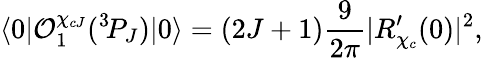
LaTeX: \langle 0|{\cal O}_{1}^{\chi_{cJ}}({}^{3}\! P_{J})|0\rangle=(2J+1)\frac{9}{2\pi}|R_{\chi_{c}}^{\prime}(0)|^{2},